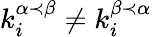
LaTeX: k_{i}^{\alpha\prec\beta}\neq k_{i}^{\beta\prec\alpha}